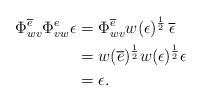
LaTeX: \begin{align*} \Phi^{\overline{e}}_{wv}\Phi^e_{vw} \epsilon &= \Phi^{\overline{e}}_{wv} w(\epsilon)^{\frac{1}{2}} \, \overline{\epsilon}\\ &= w(\overline{e})^{\frac{1}{2}} w(\epsilon)^{\frac{1}{2}} \epsilon\\ &= \epsilon. \end{align*}